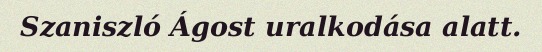
Szaniszló Ágost uralkodása alatt.